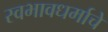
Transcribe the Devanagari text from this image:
स्वभावधर्माचे